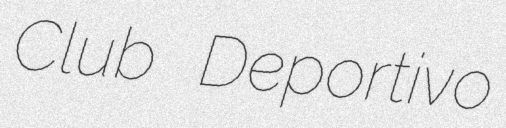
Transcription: Club Deportivo